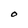
Character: O